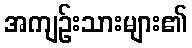
အကျဉ်းသားများ၏